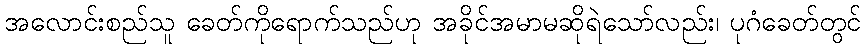
အလောင်းစည်သူ ခေတ်ကိုရောက်သည်ဟု အခိုင်အမာမဆိုရဲသော်လည်း၊ ပုဂံခေတ်တွင်